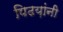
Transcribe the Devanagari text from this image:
पिढय़ांनी